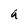
Character: a